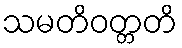
သမတိဝတ္တတိ